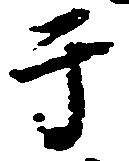
于